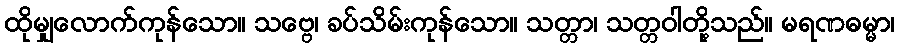
ထိုမျှလောက်ကုန်သော။ သဗ္ဗေ၊ ခပ်သိမ်းကုန်သော။ သတ္တာ၊ သတ္တဝါတို့သည်။ မရဏဓမ္မာ၊